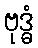
ဗုဒ္ဓံ